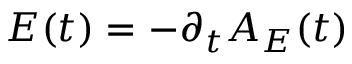
E ( t ) = - \partial _ { t } A _ { E } ( t )